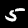
Label: 5